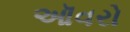
ઑવરો